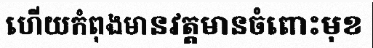
ហើយកំពុងមានវត្តមានចំពោះមុខ